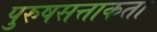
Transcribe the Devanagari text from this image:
पुरुषसत्ताकता